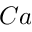
C a